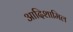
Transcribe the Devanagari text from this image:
आदिशामिल